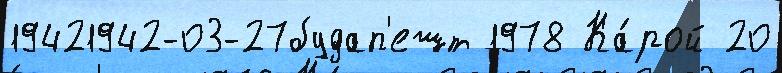
19421942-03-27будап'ешт 1978 Ка́рой 20